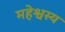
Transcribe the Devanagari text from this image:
महेश्वस्य